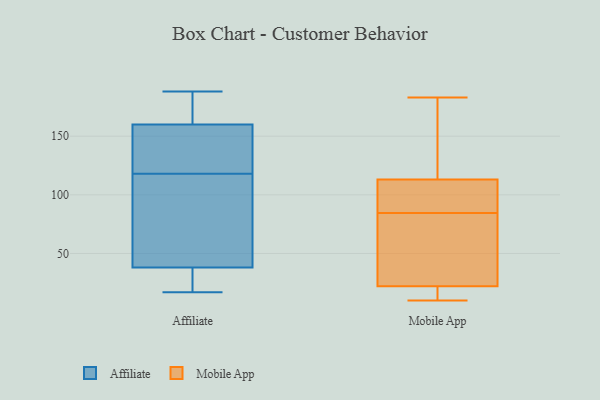
{"axis": {"x": "Active Users", "y": "Value"}, "legend": ["Affiliate", "Mobile App"], "data": [{"x": "", "y": 137, "type": "Affiliate"}, {"x": "", "y": 103, "type": "Affiliate"}, {"x": "", "y": 30, "type": "Affiliate"}, {"x": "", "y": 165, "type": "Affiliate"}, {"x": "", "y": 34, "type": "Affiliate"}, {"x": "", "y": 178, "type": "Affiliate"}, {"x": "", "y": 133, "type": "Affiliate"}, {"x": "", "y": 160, "type": "Affiliate"}, {"x": "", "y": 143, "type": "Affiliate"}, {"x": "", "y": 188, "type": "Affiliate"}, {"x": "", "y": 62, "type": "Affiliate"}, {"x": "", "y": 62, "type": "Affiliate"}, {"x": "", "y": 173, "type": "Affiliate"}, {"x": "", "y": 38, "type": "Affiliate"}, {"x": "", "y": 17, "type": "Affiliate"}, {"x": "", "y": 155, "type": "Affiliate"}, {"x": "", "y": 30, "type": "Affiliate"}, {"x": "", "y": 51, "type": "Affiliate"}, {"x": "", "y": 129, "type": "Mobile App"}, {"x": "", "y": 183, "type": "Mobile App"}, {"x": "", "y": 86, "type": "Mobile App"}, {"x": "", "y": 15, "type": "Mobile App"}, {"x": "", "y": 90, "type": "Mobile App"}, {"x": "", "y": 22, "type": "Mobile App"}, {"x": "", "y": 113, "type": "Mobile App"}, {"x": "", "y": 83, "type": "Mobile App"}, {"x": "", "y": 183, "type": "Mobile App"}, {"x": "", "y": 18, "type": "Mobile App"}, {"x": "", "y": 83, "type": "Mobile App"}, {"x": "", "y": 93, "type": "Mobile App"}, {"x": "", "y": 10, "type": "Mobile App"}, {"x": "", "y": 52, "type": "Mobile App"}]}